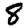
Digit: 8